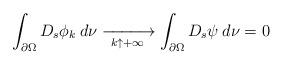
LaTeX: \begin{align*}\int_{\partial\Omega}D_s\phi_k\:d\nu\xrightarrow[\ k\uparrow+\infty\ ]{}\int_{\partial\Omega}D_s\psi\:d\nu=0\end{align*}